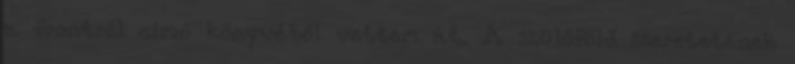
a frontról című könyvéből vettem át. A szülőföld szeretetének